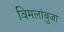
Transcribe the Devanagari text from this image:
विमलांबुजा